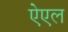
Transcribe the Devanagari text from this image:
ऐएल